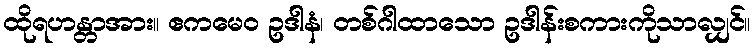
ထိုရဟန္တာအား။ ဧကမေဝ ဥဒါနံ၊ တစ်ဂါထာသော ဥဒါန်းစကားကိုသာလျှင်။